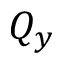
Q _ { y }